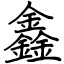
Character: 鑫